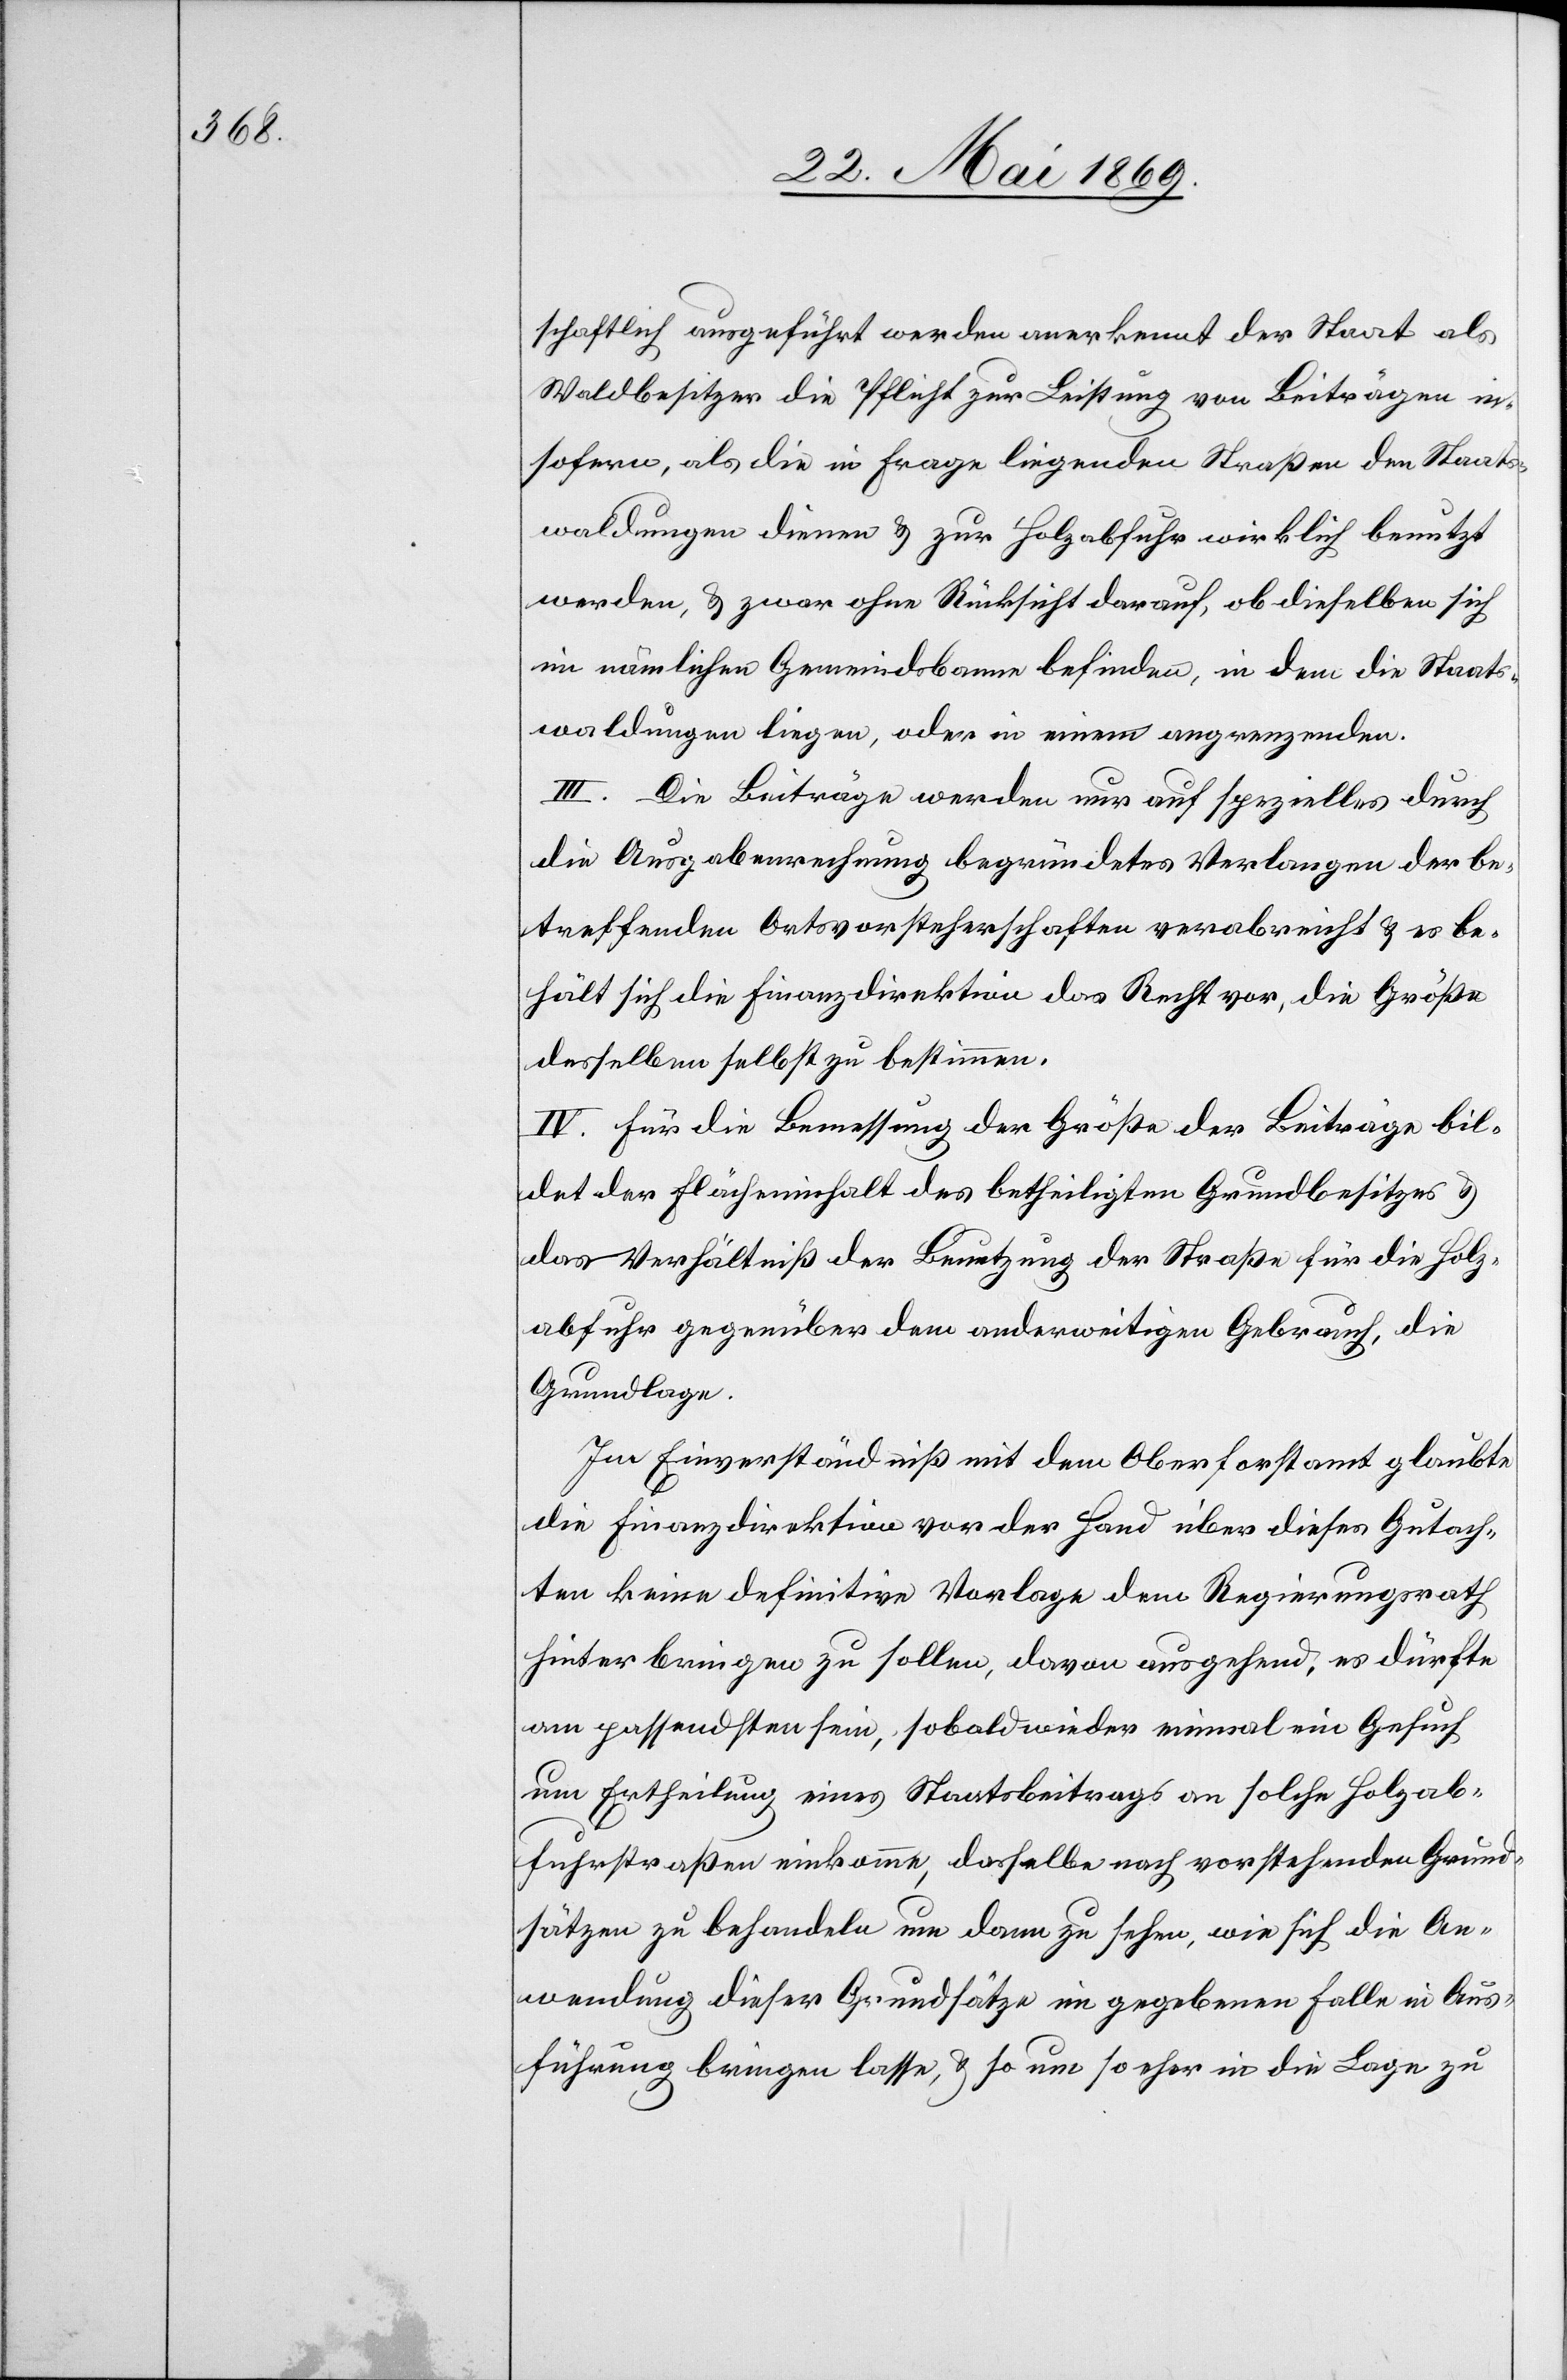
schaftlich ausgeführt werden anerkennt der Staat als
Waldbesitzer die Pflicht zur Leistung von Beiträgen in¬
sofern, als die in Frage liegenden Straßen den Staats¬
waldungen dienen u. zur Holzabfuhr wirklich benutzt
werden, u. zwar ohne Rücksicht darauf, ob dieselben sich
im nämlichen Gemeindsbanne befinden, in dem die Staats¬
waldungen liegen, oder in einem angrenzenden.
III. Die Beiträge werden nur auf spezielles durch
die Ausgabenberechnung begründetes Verlangen der be¬
treffenden Ortsvorsteherschaften verabreicht u. es be¬
hält sich die Finanzdirektion das Recht vor, die Größe
desselben selbst zu bestimmen.
IV. Für die Bemessung der Größe der Beiträge bil¬
dete der Flächeninhalt des betheiligten Grundbesitzes u.
das Verhältniß der Benutzung der Straße für die Holz¬
abfuhr gegenüber den anderweitigen Gebrauch, die
Grundlage.
Im Einverständniß mit dem Oberforstamt glaubte
die Finanzdirektion vor der Hand über dieses Gutach¬
ten keine definitive Vorlage dem Regierungsrath
hinterbringen zu sollen, davon ausgehend, es dürfte
am passendsten sein, sobald wieder einmal ein Gesuch
um Ertheilung eines Staatsbeitrags an solche Holzab¬
fuhrstraßen einkomme, dasselbe nach vorstehenden Grund¬
sätzen zu behandeln um dann zu sehen, wie sich die An¬
wendung dieser Grundsätze im gegebenen Falle in Aus¬
führung bringen lasse, u. so um so eher in die Lage zu